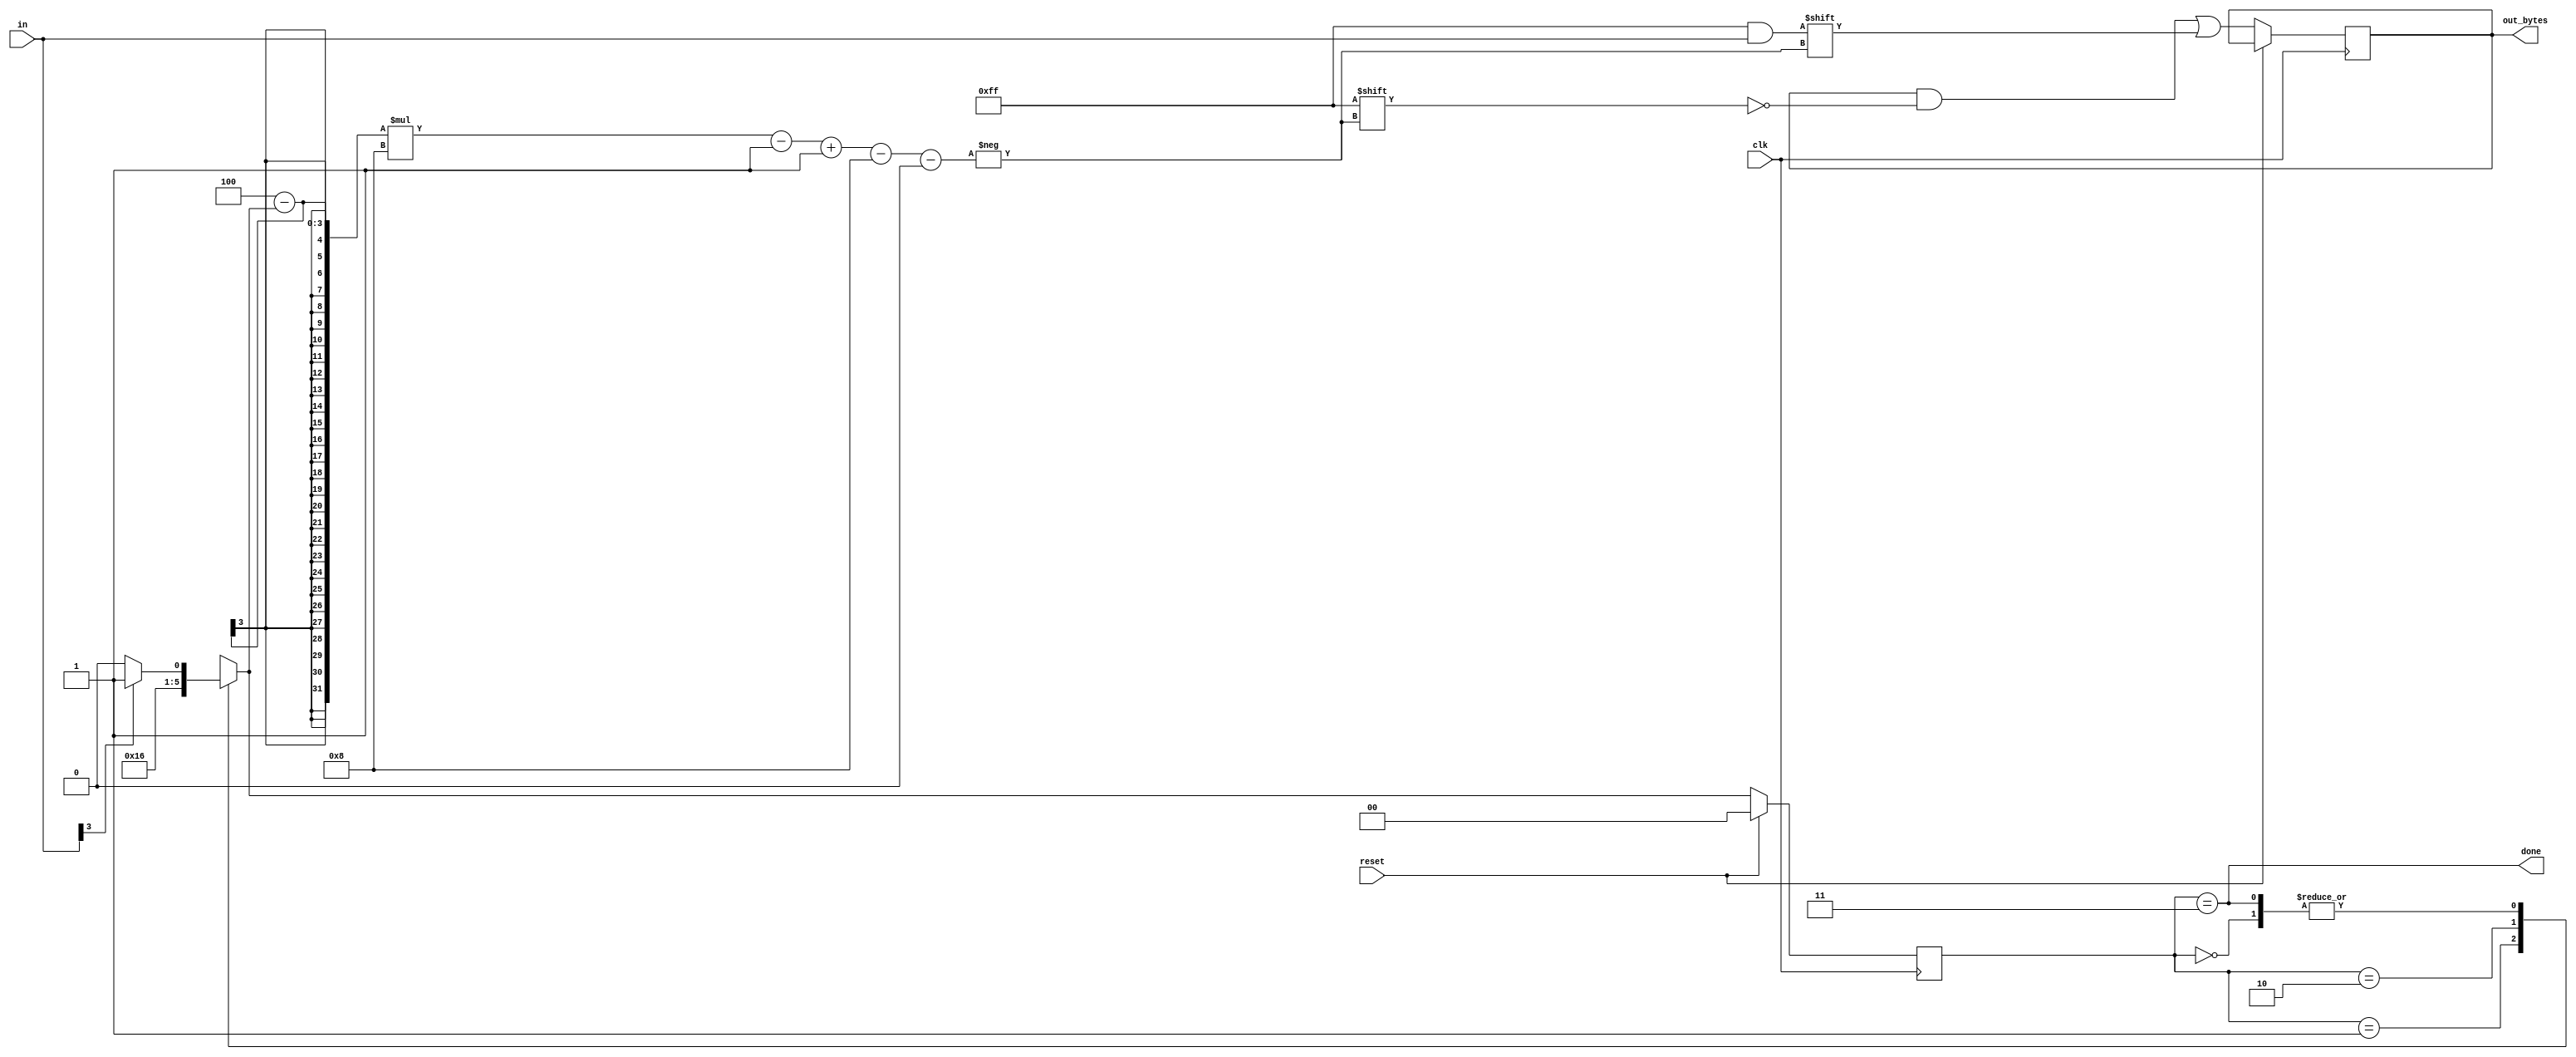
module top_module(
    input clk,
    input [7:0] in,
    input reset,    // Synchronous reset
    output [23:0] out_bytes,
    output done); //
    
	reg [1:0] state, next_state;
    
    // FSM from fsm_ps2
    always @(*) begin
        case(state)
            2'b00:	next_state = in[3]? 2'b01 : 2'b00;
            2'b01:	next_state = 2'b10;
            2'b10:	next_state = 2'b11;
            2'b11:	next_state = in[3]? 2'b01 : 2'b00;
        endcase
    end
   
    always @(posedge clk) begin
        if(reset)
            state <= 2'b0;
        else begin
            state <= next_state;
            out_bytes[((4 - next_state) * 8 - 1) -:8] <= in;
        end
    end
 
    assign done = (state == 2'b11);

endmodule